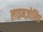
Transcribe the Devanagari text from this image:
लाइनज़ोलिड